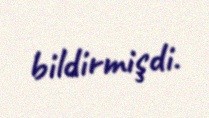
bildirmişdi.